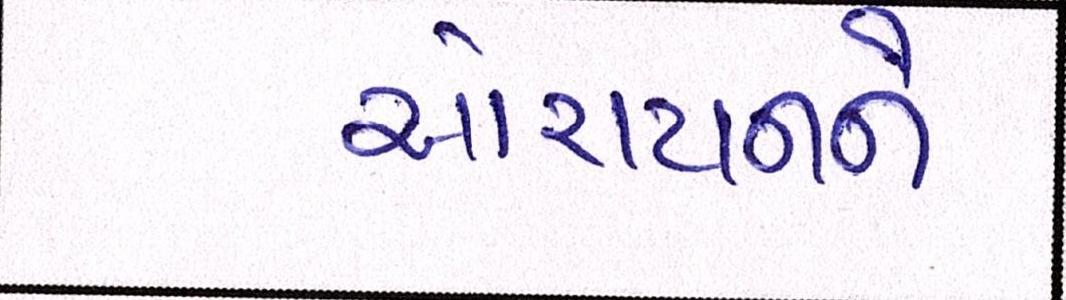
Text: ઓરાયનને